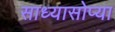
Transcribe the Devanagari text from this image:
साध्यासोप्या